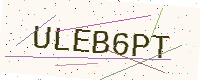
Text: ULEB6PT